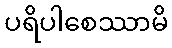
ပရိပါစေဿာမိ